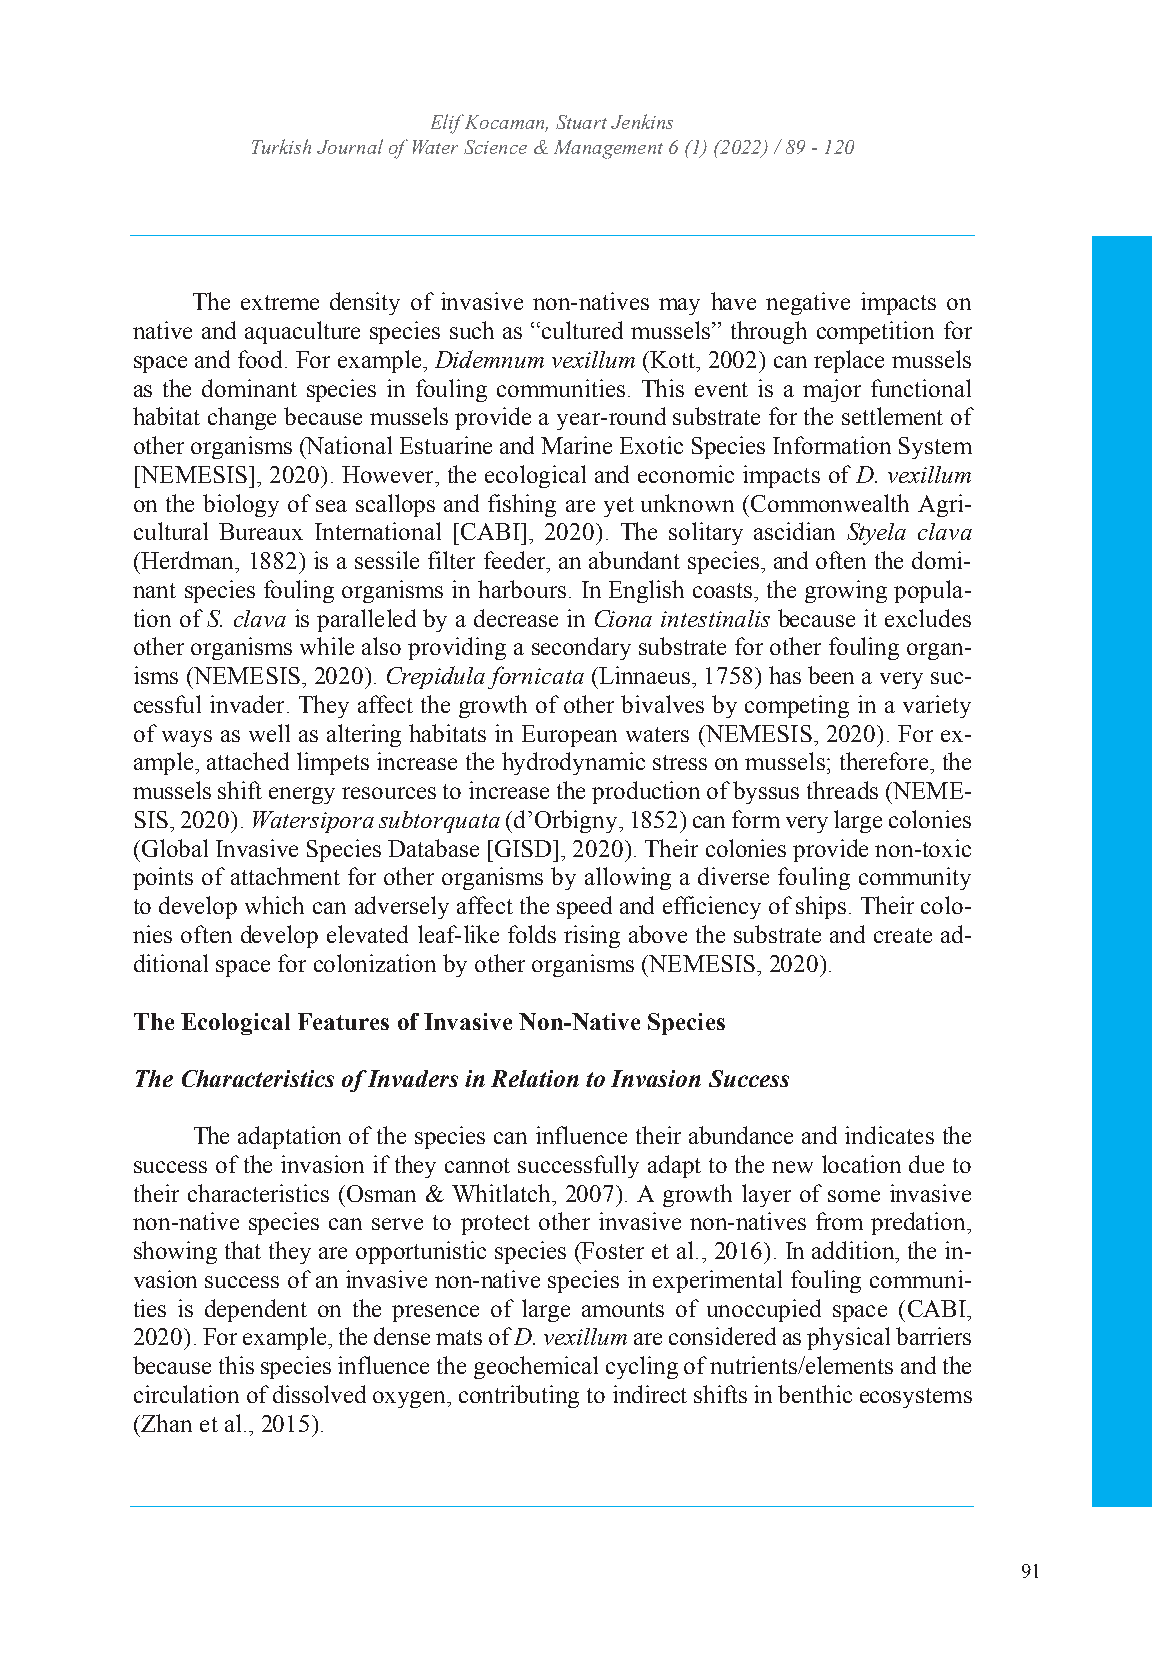
Turkish JoEulrinf aKl oocfa Wmaatne,r SStcuiaerntc Jee &nk Minsanagement
 Turkish Journal of WIaStSeNr: S2c53ie6n 4c7e4 X& / eM-IaSSnNa:g 2e5m64e-n7t3 364 (1) (2022) / 89 - 120
 Volume: 6 Issue: 1 Year: 2022
 The extreme density of invasive non-natives may have negative impacts on
 native and aquaculture species such as “cultured mussels” through competition for
 space and food. For example, Didemnum vexillum (Kott, 2002) can replace mussels
 as the dominant species in fouling communities. This event is a major functional
 habitat change because mussels provide a year-round substrate for the settlement of
 other organisms (National Estuarine and Marine Exotic Species Information System
 [NEMESIS], 2020). However, the ecological and economic impacts of D. vexillum
 on the biology of sea scallops and fishing are yet unknown (Commonwealth Agri-
 cultural Bureaux International [CABI], 2020). The solitary ascidian Styela clava
 (Herdman, 1882) is a sessile filter feeder, an abundant species, and often the domi-
 nant species fouling organisms in harbours. In English coasts, the growing popula-
 tion of S. clava is paralleled by a decrease in Ciona intestinalis because it excludes
 other organisms while also providing a secondary substrate for other fouling organ-
 isms (NEMESIS, 2020). Crepidula fornicata (Linnaeus, 1758) has been a very suc-
 cessful invader. They affect the growth of other bivalves by competing in a variety
 of ways as well as altering habitats in European waters (NEMESIS, 2020). For ex-
 ample, attached limpets increase the hydrodynamic stress on mussels; therefore, the
 mussels shift energy resources to increase the production of byssus threads (NEME-
 SIS, 2020). Watersipora subtorquata (d’Orbigny, 1852) can form very large colonies
 (Global Invasive Species Database [GISD], 2020). Their colonies provide non-toxic
 points of attachment for other organisms by allowing a diverse fouling community
 to develop which can adversely affect the speed and efficiency of ships. Their colo-
 nies often develop elevated leaf-like folds rising above the substrate and create ad-
 ditional space for colonization by other organisms (NEMESIS, 2020).
 The Ecological Features of Invasive Non-Native Species
 The Characteristics of Invaders in Relation to Invasion Success
 The adaptation of the species can influence their abundance and indicates the
 success of the invasion if they cannot successfully adapt to the new location due to
 their characteristics (Osman & Whitlatch, 2007). A growth layer of some invasive
 non-native species can serve to protect other invasive non-natives from predation,
 showing that they are opportunistic species (Foster et al., 2016). In addition, the in-
 vasion success of an invasive non-native species in experimental fouling communi-
 ties is dependent on the presence of large amounts of unoccupied space (CABI,
 2020). For example, the dense mats of D. vexillum are considered as physical barriers
 because this species influence the geochemical cycling of nutrients/elements and the
 circulation of dissolved oxygen, contributing to indirect shifts in benthic ecosystems
 (Zhan et al., 2015).
 91
 3